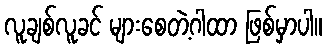
လူချစ်လူခင် များစေတဲ့ဂါထာ ဖြစ်မှာပါ။